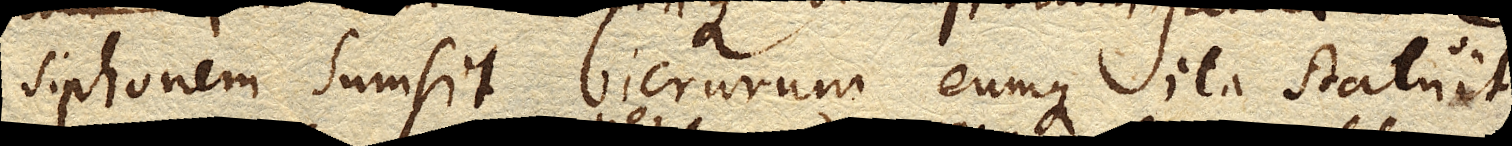
siphonem sumsit bicrurum eumque ita statuit,